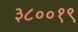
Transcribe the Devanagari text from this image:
३८००१९